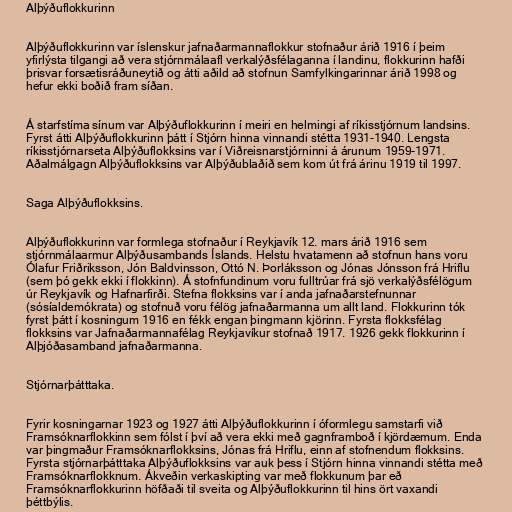
Alþýðuflokkurinn

Alþýðuflokkurinn var íslenskur jafnaðarmannaflokkur stofnaður árið 1916 í þeim
yfirlýsta tilgangi að vera stjórnmálaafl verkalýðsfélaganna í landinu, flokkurinn hafði
þrisvar forsætisráðuneytið og átti aðild að stofnun Samfylkingarinnar árið 1998 og
hefur ekki boðið fram síðan.

Á starfstíma sínum var Alþýðuflokkurinn í meiri en helmingi af ríkisstjórnum landsins.
Fyrst átti Alþýðuflokkurinn þátt í Stjórn hinna vinnandi stétta 1931-1940. Lengsta
ríkisstjórnarseta Alþýðuflokksins var í Viðreisnarstjórninni á árunum 1959-1971.
Aðalmálgagn Alþýðuflokksins var Alþýðublaðið sem kom út frá árinu 1919 til 1997.

Saga Alþýðuflokksins.

Alþýðuflokkurinn var formlega stofnaður í Reykjavík 12. mars árið 1916 sem
stjórnmálaarmur Alþýðusambands Íslands. Helstu hvatamenn að stofnun hans voru
Ólafur Friðriksson, Jón Baldvinsson, Ottó N. Þorláksson og Jónas Jónsson frá Hriflu
(sem þó gekk ekki í flokkinn). Á stofnfundinum voru fulltrúar frá sjö verkalýðsfélögum
úr Reykjavík og Hafnarfirði. Stefna flokksins var í anda jafnaðarstefnunnar
(sósíaldemókrata) og stofnuð voru félög jafnaðarmanna um allt land. Flokkurinn tók
fyrst þátt í kosningum 1916 en fékk engan þingmann kjörinn. Fyrsta flokksfélag
flokksins var Jafnaðarmannafélag Reykjavíkur stofnað 1917. 1926 gekk flokkurinn í
Alþjóðasamband jafnaðarmanna.

Stjórnarþátttaka.

Fyrir kosningarnar 1923 og 1927 átti Alþýðuflokkurinn í óformlegu samstarfi við
Framsóknarflokkinn sem fólst í því að vera ekki með gagnframboð í kjördæmum. Enda
var þingmaður Framsóknarflokksins, Jónas frá Hriflu, einn af stofnendum flokksins.
Fyrsta stjórnarþátttaka Alþýðuflokksins var auk þess í Stjórn hinna vinnandi stétta með
Framsóknarflokknum. Ákveðin verkaskipting var með flokkunum þar eð
Framsóknarflokkurinn höfðaði til sveita og Alþýðuflokkurinn til hins ört vaxandi
þéttbýlis.